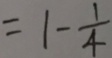
= 1 - \frac { 1 } { 4 }